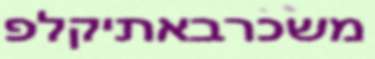
משכרבאתיקלפ